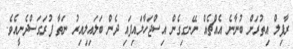
ރާފިލް އިތުރަށް ބުނާނެ އެއްޗެއް ނޭނގިގެން އިސްޖަހާލައިފައި ދެން ބަލައިލިއިރު ނަތާ ފުރަގަސްދެނީއެވެ.